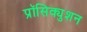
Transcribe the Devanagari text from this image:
प्रॉसिक्युशन